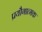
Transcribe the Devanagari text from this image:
प्रयौगात्मक